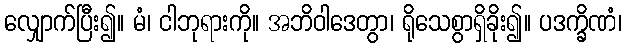
လျှောက်ပြီး၍။ မံ၊ ငါဘုရားကို။ အဘိဝါဒေတွာ၊ ရိုသေစွာရှိခိုး၍။ ပဒက္ခိဏံ၊